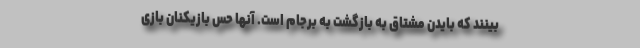
‌بینند که بایدن مشتاق به بازگشت به برجام است. آنها حس بازیکنان بازی